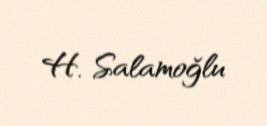
H. Salamoğlu